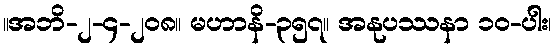
။အဘိ-၂-၄-၂၀၈။ မဟာနိ-၃၅၇။ အနုပဿနာ ၁၀-ပါး၊